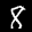
Label: 8